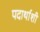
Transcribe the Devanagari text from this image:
पदार्थाशी